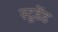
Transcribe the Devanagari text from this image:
स्टूडेंड